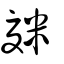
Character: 𥻴